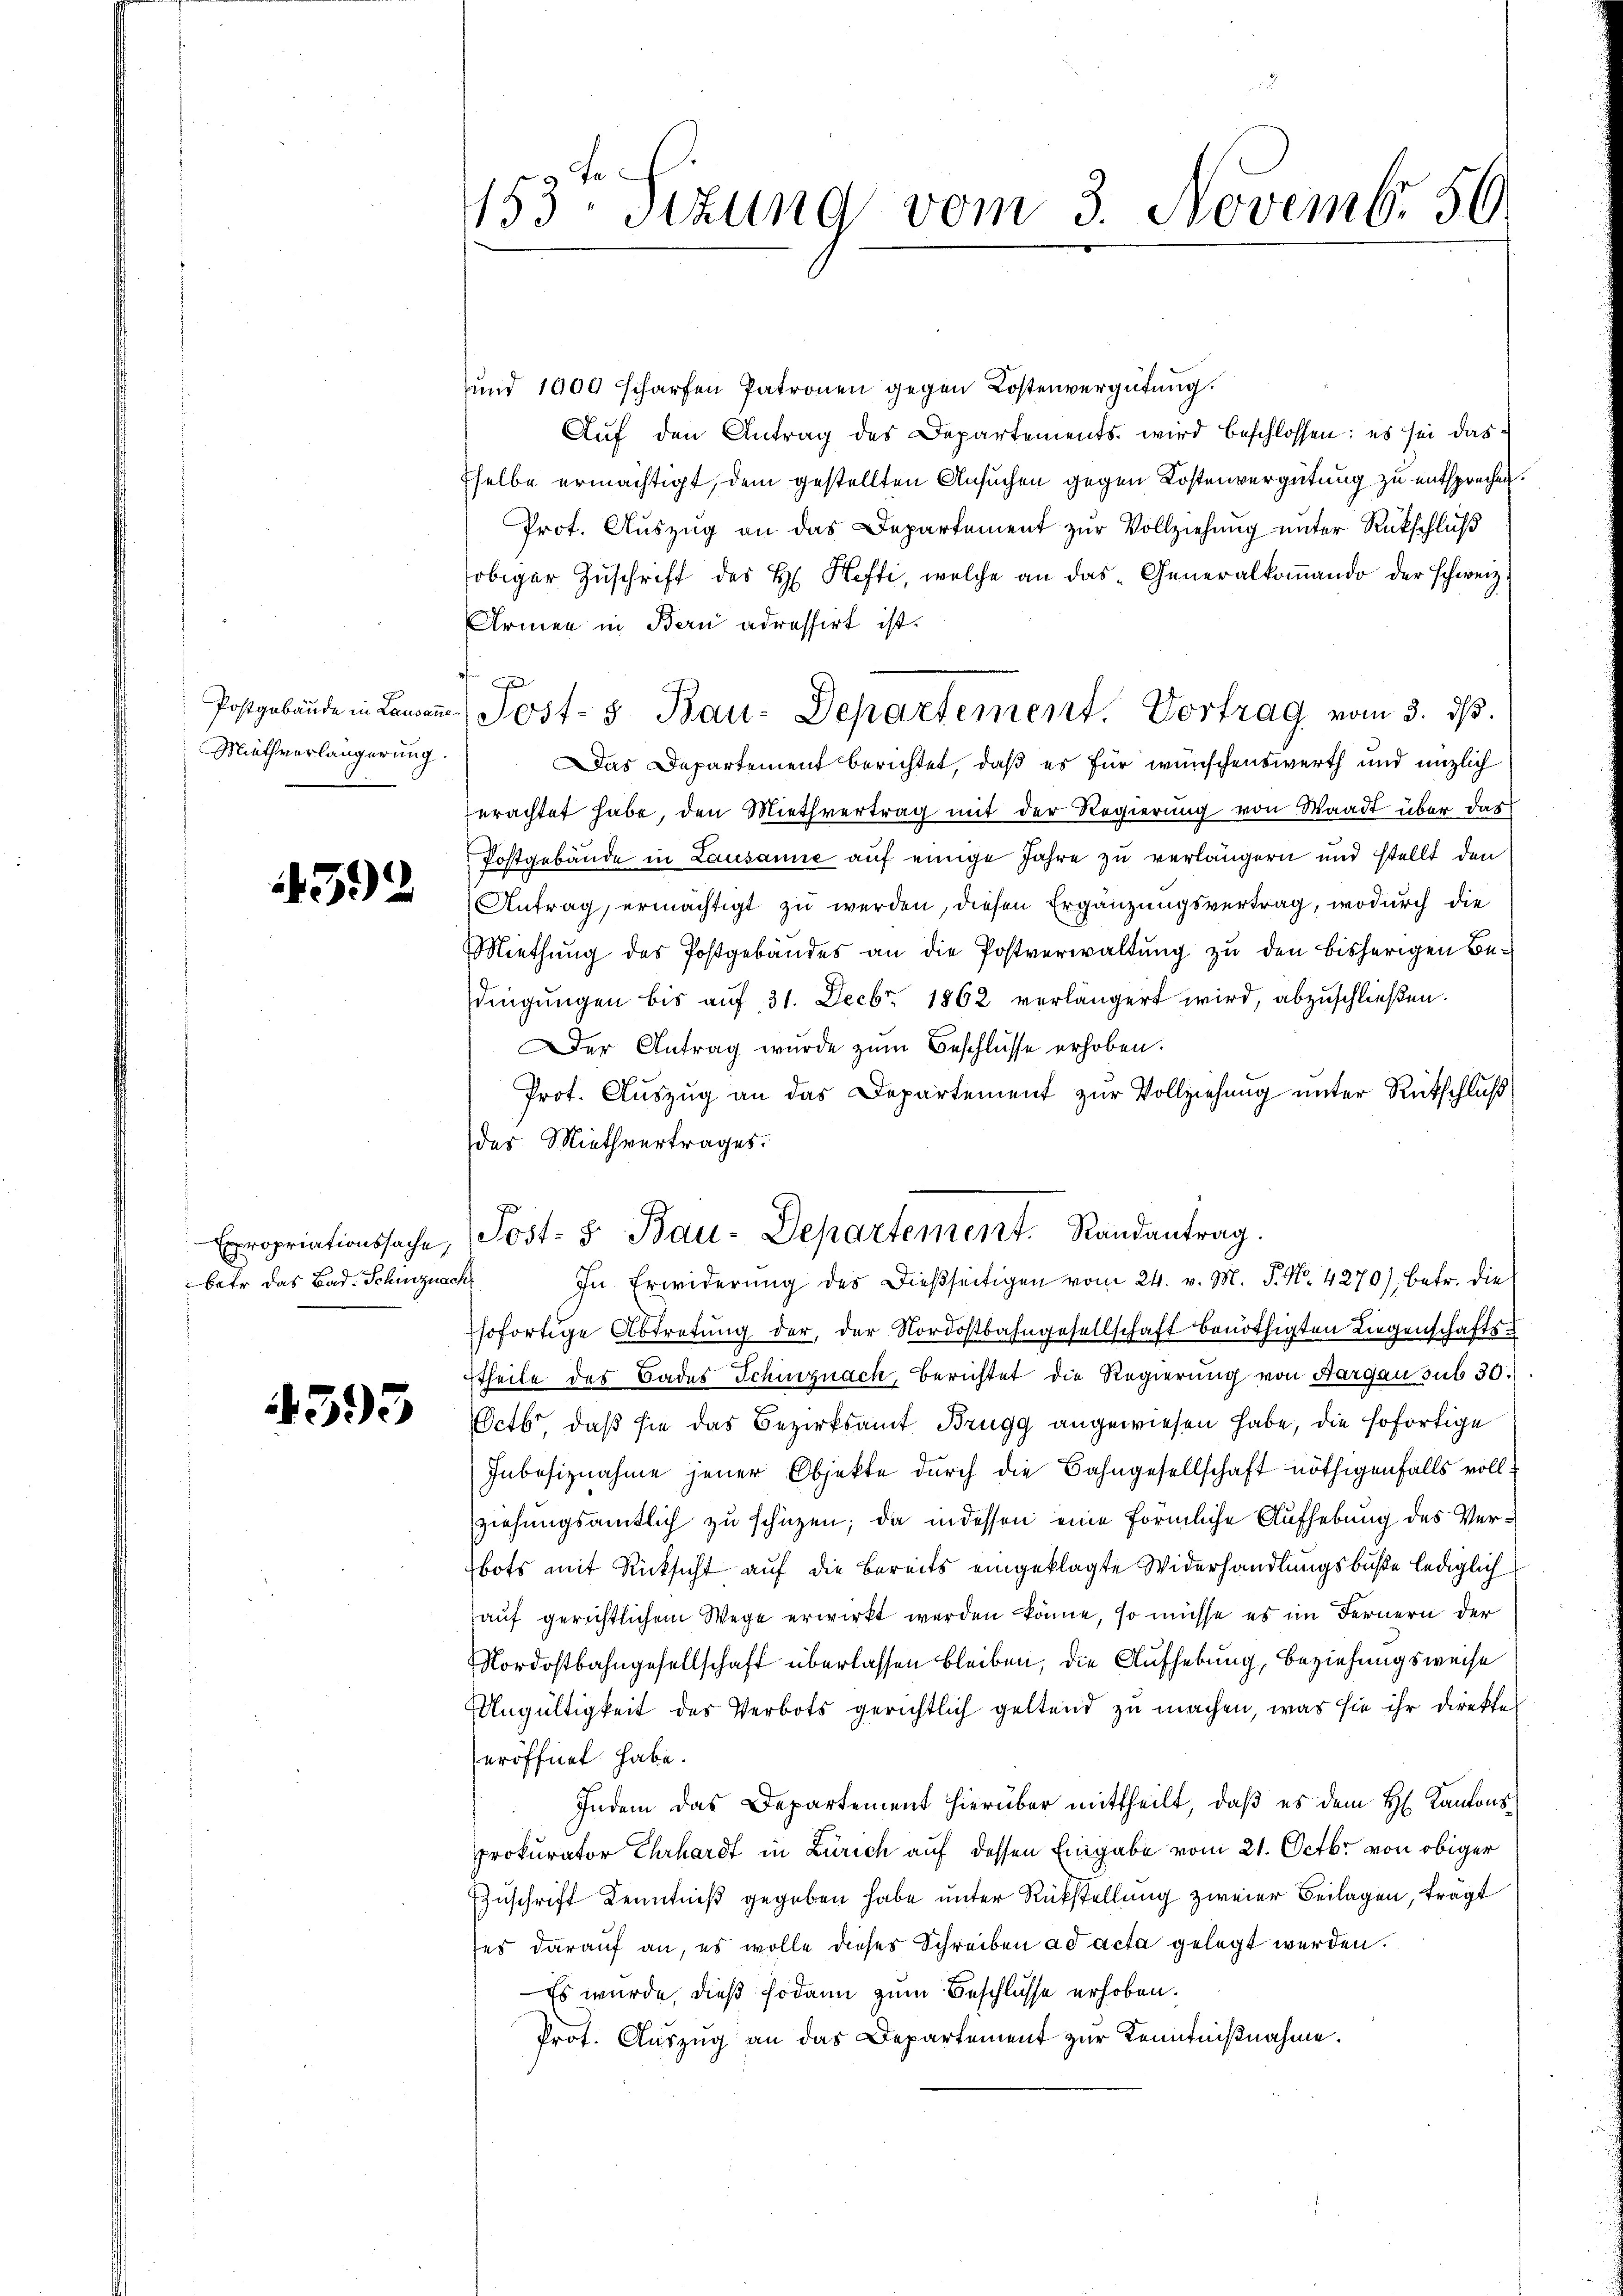
Miethverlängerung.

4392

betr. das Bad. Schinznach

4395

153ten Sizung vom 3. Novembr. 50

und 1000 scharfen Patronen gegen Kostenvergütung.
Aŭf den Antrag des Departements wird beschlossen: es sei das
selbe ermächtigt, dem gestellten Ansuchen gegen Kostenvergütung zu entsprechen.
Prot. Auszug an das Departement zur Vollziehung unter Rückschluß
fobiger Zŭschrift des H. Hefti, welche an das Generalkoṁando der schweiz
Armen in Bern adressirt ist.
Das Departement berichtet, daß es für wünschenswerth und nützlich
erachtet habe, den Miethvertrag mit der Regierung von Waadt über das
Postgebäude in Lausanne auf einige Jahre zu verlängern und stellt den
Antrag, ermächtigt zu werden, diesen Ergänzungsvertrag, wodurch die
Miethung des Postgebäudes an die Postverwaltung zu den bisherigen Bedingungen bis aŭf 31. Decbr. 1862 verlängert wird, abzuschließen.
Der Antrag wurde zum Beschlüsse erhoben.
Prot. Auszug an das Departement zur Vollziehung unter Rütschluß
das Miethvertrages.
sofortige Abtretŭng der, der Nordostbahngesellschaft benöthigten Liegenschafts-
theile des Bades Schinznach, berichtet die Regierung von Aargau sub 30.
cto, daß sie das Bezirksamt Brugg angewiesen habe, die sofortige
Inbesiznahme jener Objekte durch die Bahngesellschaft nöthigenfalls vollziehungsamtlich zu schüzen; da indessen eine förmliche Aufhebung des Verbots mit Rücksicht auf die bereits eingeklagte Widerhandlungsbuße lediglich
auf gerichtlichem Wege erwirkt werden könne, so müsse es im Fernern der
Nordostbahngesellschaft überlassen bleiben, die Aufhebung, Beziehungsweise
Ungültigkeit des Verbots gerichtlich geltend zu machen, was sie ihr direkte
eröffnet habe.
Indem das Departement hierüber mittheilt, daß es dem H. Kantonsprokurator Ehrhardt in Zürich auf dessen Eingabe vom 21. Octbr. von obiger
Zuschrift Kenntniß gegeben habe unter Rückstellung zweier Beilagen, trägt
es darauf an, es wolle dieses Schreiben ad acta gelegt werden.
Es wurde, dieß sodann zum Beschlüsse erhoben.
Prot. Auszug an das Departement zur Kenntnißnahme.

Postgebäŭde in Landene Post- & Bau-Departement. Vortrag vom 3. dβ.

p
Expropriationssache, (Post- & Bau-Departement. Randantrag.
In Erwiderung des dießseitigen vom 24. v. M. P. Nr. 4270), betr. die